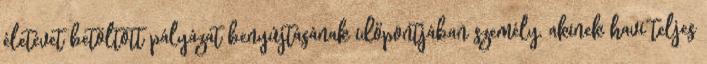
életévet betöltött pályázat benyújtásának időpontjában személy, akinek havi teljes